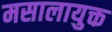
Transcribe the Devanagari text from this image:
मसालायुक्त